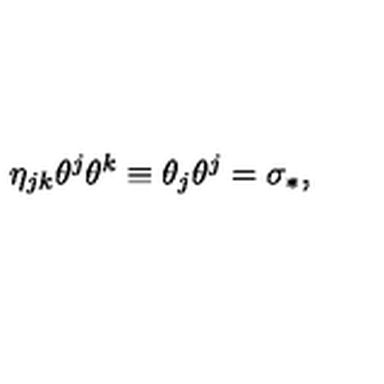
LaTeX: \eta _ { j k } \theta ^ { j } \theta ^ { k } \equiv \theta _ { j } \theta ^ { j } = \sigma _ { \ast } ,